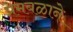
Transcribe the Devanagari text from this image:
प्रेमबळाने